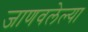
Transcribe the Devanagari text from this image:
जाणवलेल्या